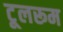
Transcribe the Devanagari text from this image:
टूलरूम